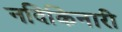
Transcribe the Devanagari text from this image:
नदिकिनारी